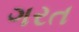
ગરત